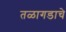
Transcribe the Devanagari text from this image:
तळागडाचे